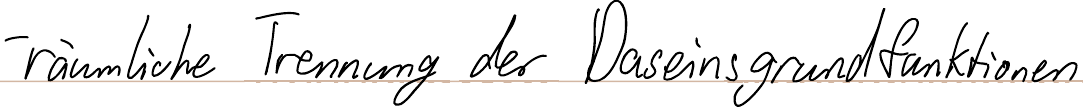
- räumliche Trennung der Daseinsgrundfunktionen